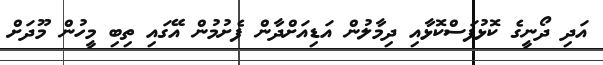
އަދި ދޯނީގެ ކޮޅުފަސްކޮޅާއި ދިމާލުން އަޑިއަށްދާން ފެށުމުން އޭގައި ތިބި މީހުން މޫދަށް